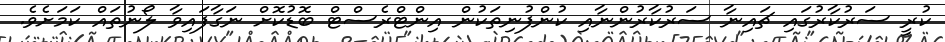
ކުރީ ސަރުކާރުގައި ޗައިނާ ސަރުކާރުންނާއި ކުންފުނިތަކުން އިންޓްރެސްޓް ބޮޑުކޮށް ނަގާފައިވާ ލޯނުތައް ކަމަށެވެ.